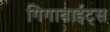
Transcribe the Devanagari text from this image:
गिगाबाईट्स